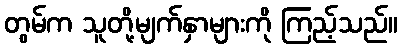
တွမ်က သူတို့မျက်နှာများကို ကြည့်သည်။